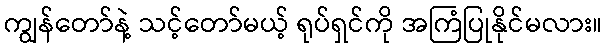
ကျွန်တော်နဲ့ သင့်တော်မယ့် ရုပ်ရှင်ကို အကြံပြုနိုင်မလား။